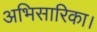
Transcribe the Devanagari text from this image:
अभिसारिका।